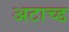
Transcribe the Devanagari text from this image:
अटाच्ड